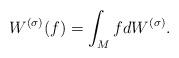
LaTeX: \begin{align*} W^{(\sigma)}(f)=\int_MfdW^{(\sigma)}.\end{align*}